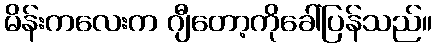
မိန်းကလေးက ဂျီတော့ကိုခေါ်ပြန်သည်။